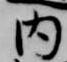
内